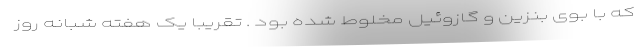
که با بوی بنزین و گازوئیل مخلوط شده بود . تقریبا یک هفته شبانه روز